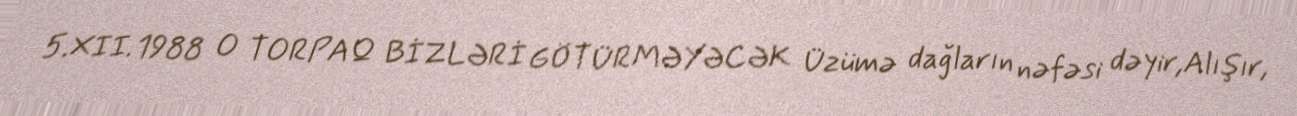
5.XII.1988 O TORPAQ BİZLƏRİ GÖTÜRMƏYƏCƏK Üzümə dağların nəfəsi dəyir,Alışır,